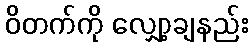
ဝိတက်ကို လျှော့ချနည်း